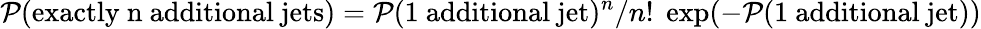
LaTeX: {\cal P}(\mathrm{exactly~n~additional~jets})={\cal P}(\mathrm{1~additional~jet})^{n}/n!\; \exp(-{\cal P}(\mathrm{1~additional~jet}))